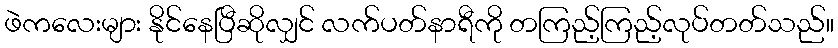
ဖဲကလေးများ နိုင်နေပြီဆိုလျှင် လက်ပတ်နာရီကို တကြည့်ကြည့်လုပ်တတ်သည်။